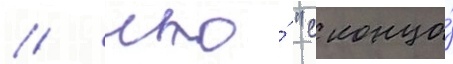
/ что́ "с конца́